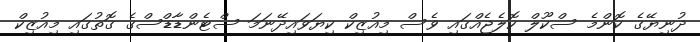
ދުނިޔޭގެ ކޮންމެ ސްކޫލް ކޮލެޖެއްގައި ވެސް މިއުޒިކް ކިޔަވައިދޭނަމަ ސްޓެންޑާޑްސްގެ ގޮތުގައި މިއުޒިކް